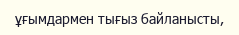
ұғымдармен тығыз байланысты,